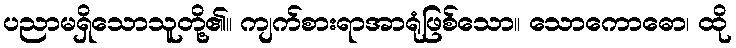
ပညာမရှိသောသူတို့၏။ ကျက်စားရာအာရုံဖြစ်သော။ သောကောဓော၊ ထို